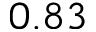
0 . 8 3